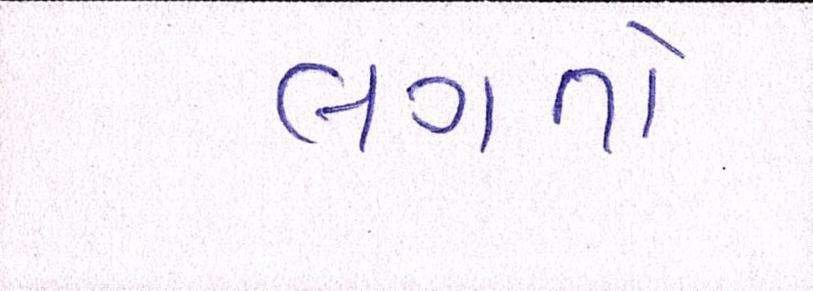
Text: લગતો